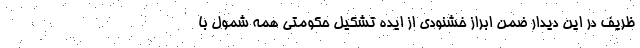
ظریف در این دیدار ضمن ابراز خشنودی از ایده تشکیل حکومتی همه شمول با